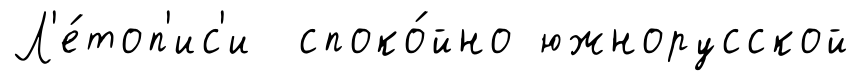
Л'е́топ'ис'и споко́йно южнорусской